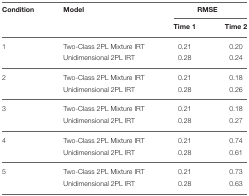
| Condition | Model | <COLSPAN=2> RMSE |
 |  |  | Time 1 | Time 2 |
 | --- | --- | --- | --- |
 | 1 | Two-Class 2PL Mixture IRT | 0.21 | 0.20 |
 |  | Unidimensional 2PL IRT | 0.28 | 0.24 |
 | 2 | Two-Class 2PL Mixture IRT | 0.21 | 0.18 |
 |  | Unidimensional 2PL IRT | 0.28 | 0.26 |
 | 3 | Two-Class 2PL Mixture IRT | 0.21 | 0.18 |
 |  | Unidimensional 2PL IRT | 0.28 | 0.27 |
 | 4 | Two-Class 2PL Mixture IRT | 0.21 | 0.74 |
 |  | Unidimensional 2PL IRT | 0.28 | 0.61 |
 | 5 | Two-Class 2PL Mixture IRT | 0.21 | 0.73 |
 |  | Unidimensional 2PL IRT | 0.28 | 0.63 |